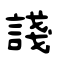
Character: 諓